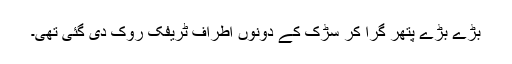
بڑے بڑے پتھر گرا کر سڑک کے دونوں اطراف ٹریفک روک دی گئی تھی۔